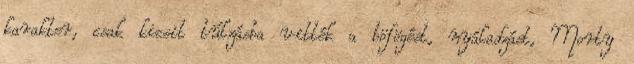
karakter, csak kicsit túlzásba vitték a böfögést, nyáladzást, Morty